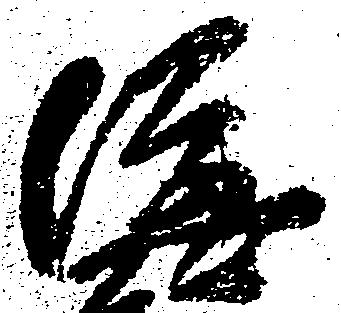
隆